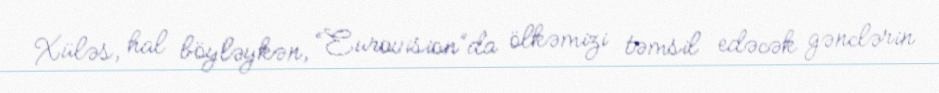
Xüləs, hal böyləykən, “Eurovision”da ölkəmizi təmsil edəcək gənclərin